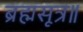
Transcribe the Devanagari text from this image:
ब्रह्मसूत्र॥